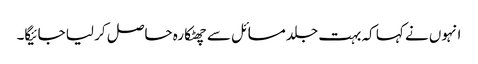
انہوں نے کہا کہ بہت جلد مسائل سے چھٹکارہ حاصل کر لیا جائیگا۔